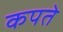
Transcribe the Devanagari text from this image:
कपते